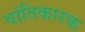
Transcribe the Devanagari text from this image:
वांतिकारक